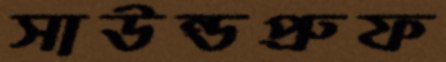
সাউন্ডপ্রুফ